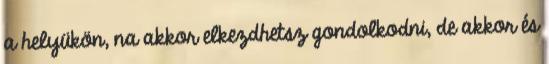
a helyükön, na akkor elkezdhetsz gondolkodni, de akkor és